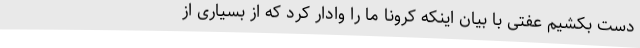
دست بکشیم عفتی با بیان اینکه کرونا ما را وادار کرد که از بسیاری از